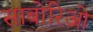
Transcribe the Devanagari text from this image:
साबोरिओ